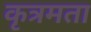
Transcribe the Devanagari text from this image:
कृत्रमता